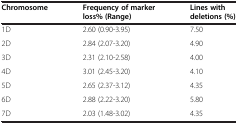
<table><thead><tr><td><b>Chromosome</b></td><td><b>Frequency of marker loss% (Range)</b></td><td><b>Lines with deletions (%)</b></td></tr></thead><tbody><tr><td>1D</td><td>2.60 (0.90-3.95)</td><td>7.50</td></tr><tr><td>2D</td><td>2.84 (2.07-3.20)</td><td>4.90</td></tr><tr><td>3D</td><td>2.31 (2.10-2.58)</td><td>4.00</td></tr><tr><td>4D</td><td>3.01 (2.45-3.20)</td><td>4.10</td></tr><tr><td>5D</td><td>2.65 (2.37-3.12)</td><td>4.35</td></tr><tr><td>6D</td><td>2.88 (2.22-3.20)</td><td>5.80</td></tr><tr><td>7D</td><td>2.03 (1.48-3.02)</td><td>4.35</td></tr></tbody></table>